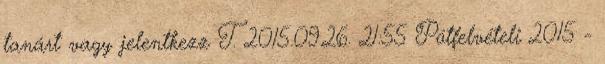
tanárt vagy jelentkezz T. 2015.09.26. 21:55 Pótfelvételi 2015 -